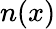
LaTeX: n(x)